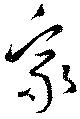
家